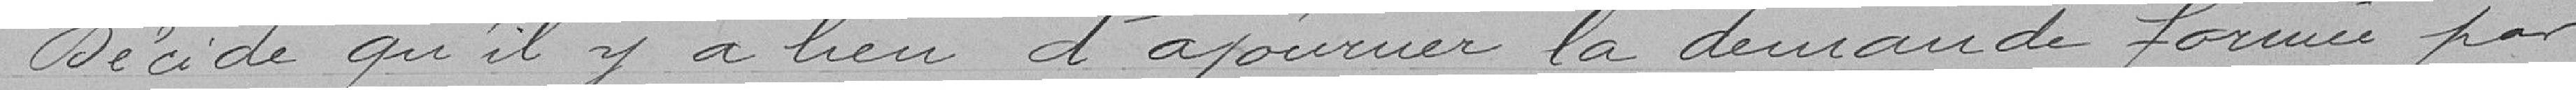
Décide qu'il y a lieu d'ajourner la demande formée par